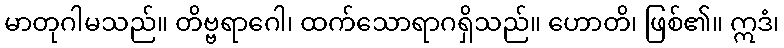
မာတုဂါမသည်။ တိဗ္ဗရာဂေါ၊ ထက်သောရာဂရှိသည်။ ဟောတိ၊ ဖြစ်၏။ ဣဒံ၊